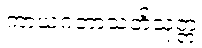
ကာယဂတာသတိသုတ္တံ